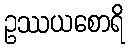
ဥဿယစောရိ